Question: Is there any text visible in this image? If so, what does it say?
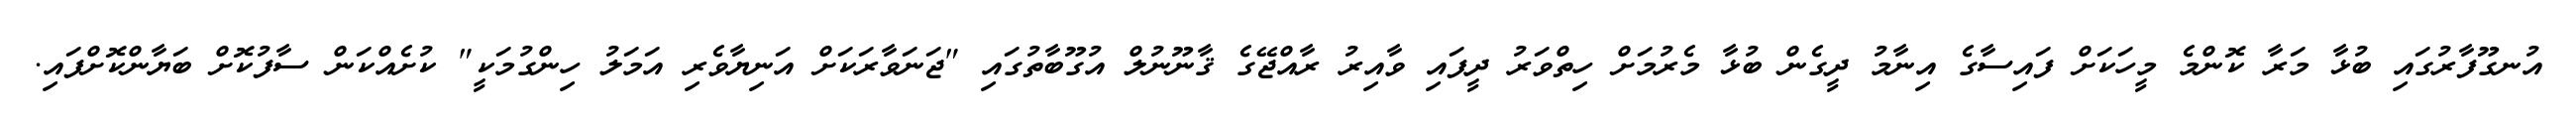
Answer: އުނގޫފާރުގައި ބުޅާ މަރާ ކޮންމެ މީހަކަށް ފައިސާގެ އިނާމު ދީގެން ބުޅާ މެރުމަށް ހިތްވަރު ދީފައި ވާއިރު ރާއްޖޭގެ ޤާނޫނުލް އުގޫބާތުގައި "ޖަނަވާރަކަށް އަނިޔާވެރި އަމަލު ހިންގުމަކީ" ކުށެއްކަން ސާފުކޮށް ބަޔާންކޮށްފައި.